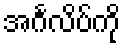
အင်္ဂလိပ်ကို